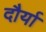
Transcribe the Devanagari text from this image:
दौर्या